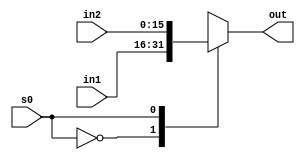
module mux_gen_21 (out, s0, in1, in2);

output reg [15:0] out;
input [15:0] in1, in2;
input s0;

always @(*)
begin
	case(s0)
	1'b0	: out = in1;
	1'b1	: out = in2;
	endcase
end

endmodule